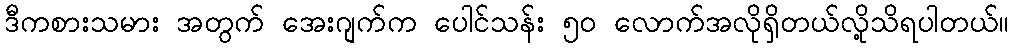
ဒီကစားသမား အတွက် အေးဂျက်က ပေါင်သန်း ၅၀ လောက်အလိုရှိတယ်လို့သိရပါတယ်။